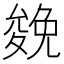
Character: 𠬍